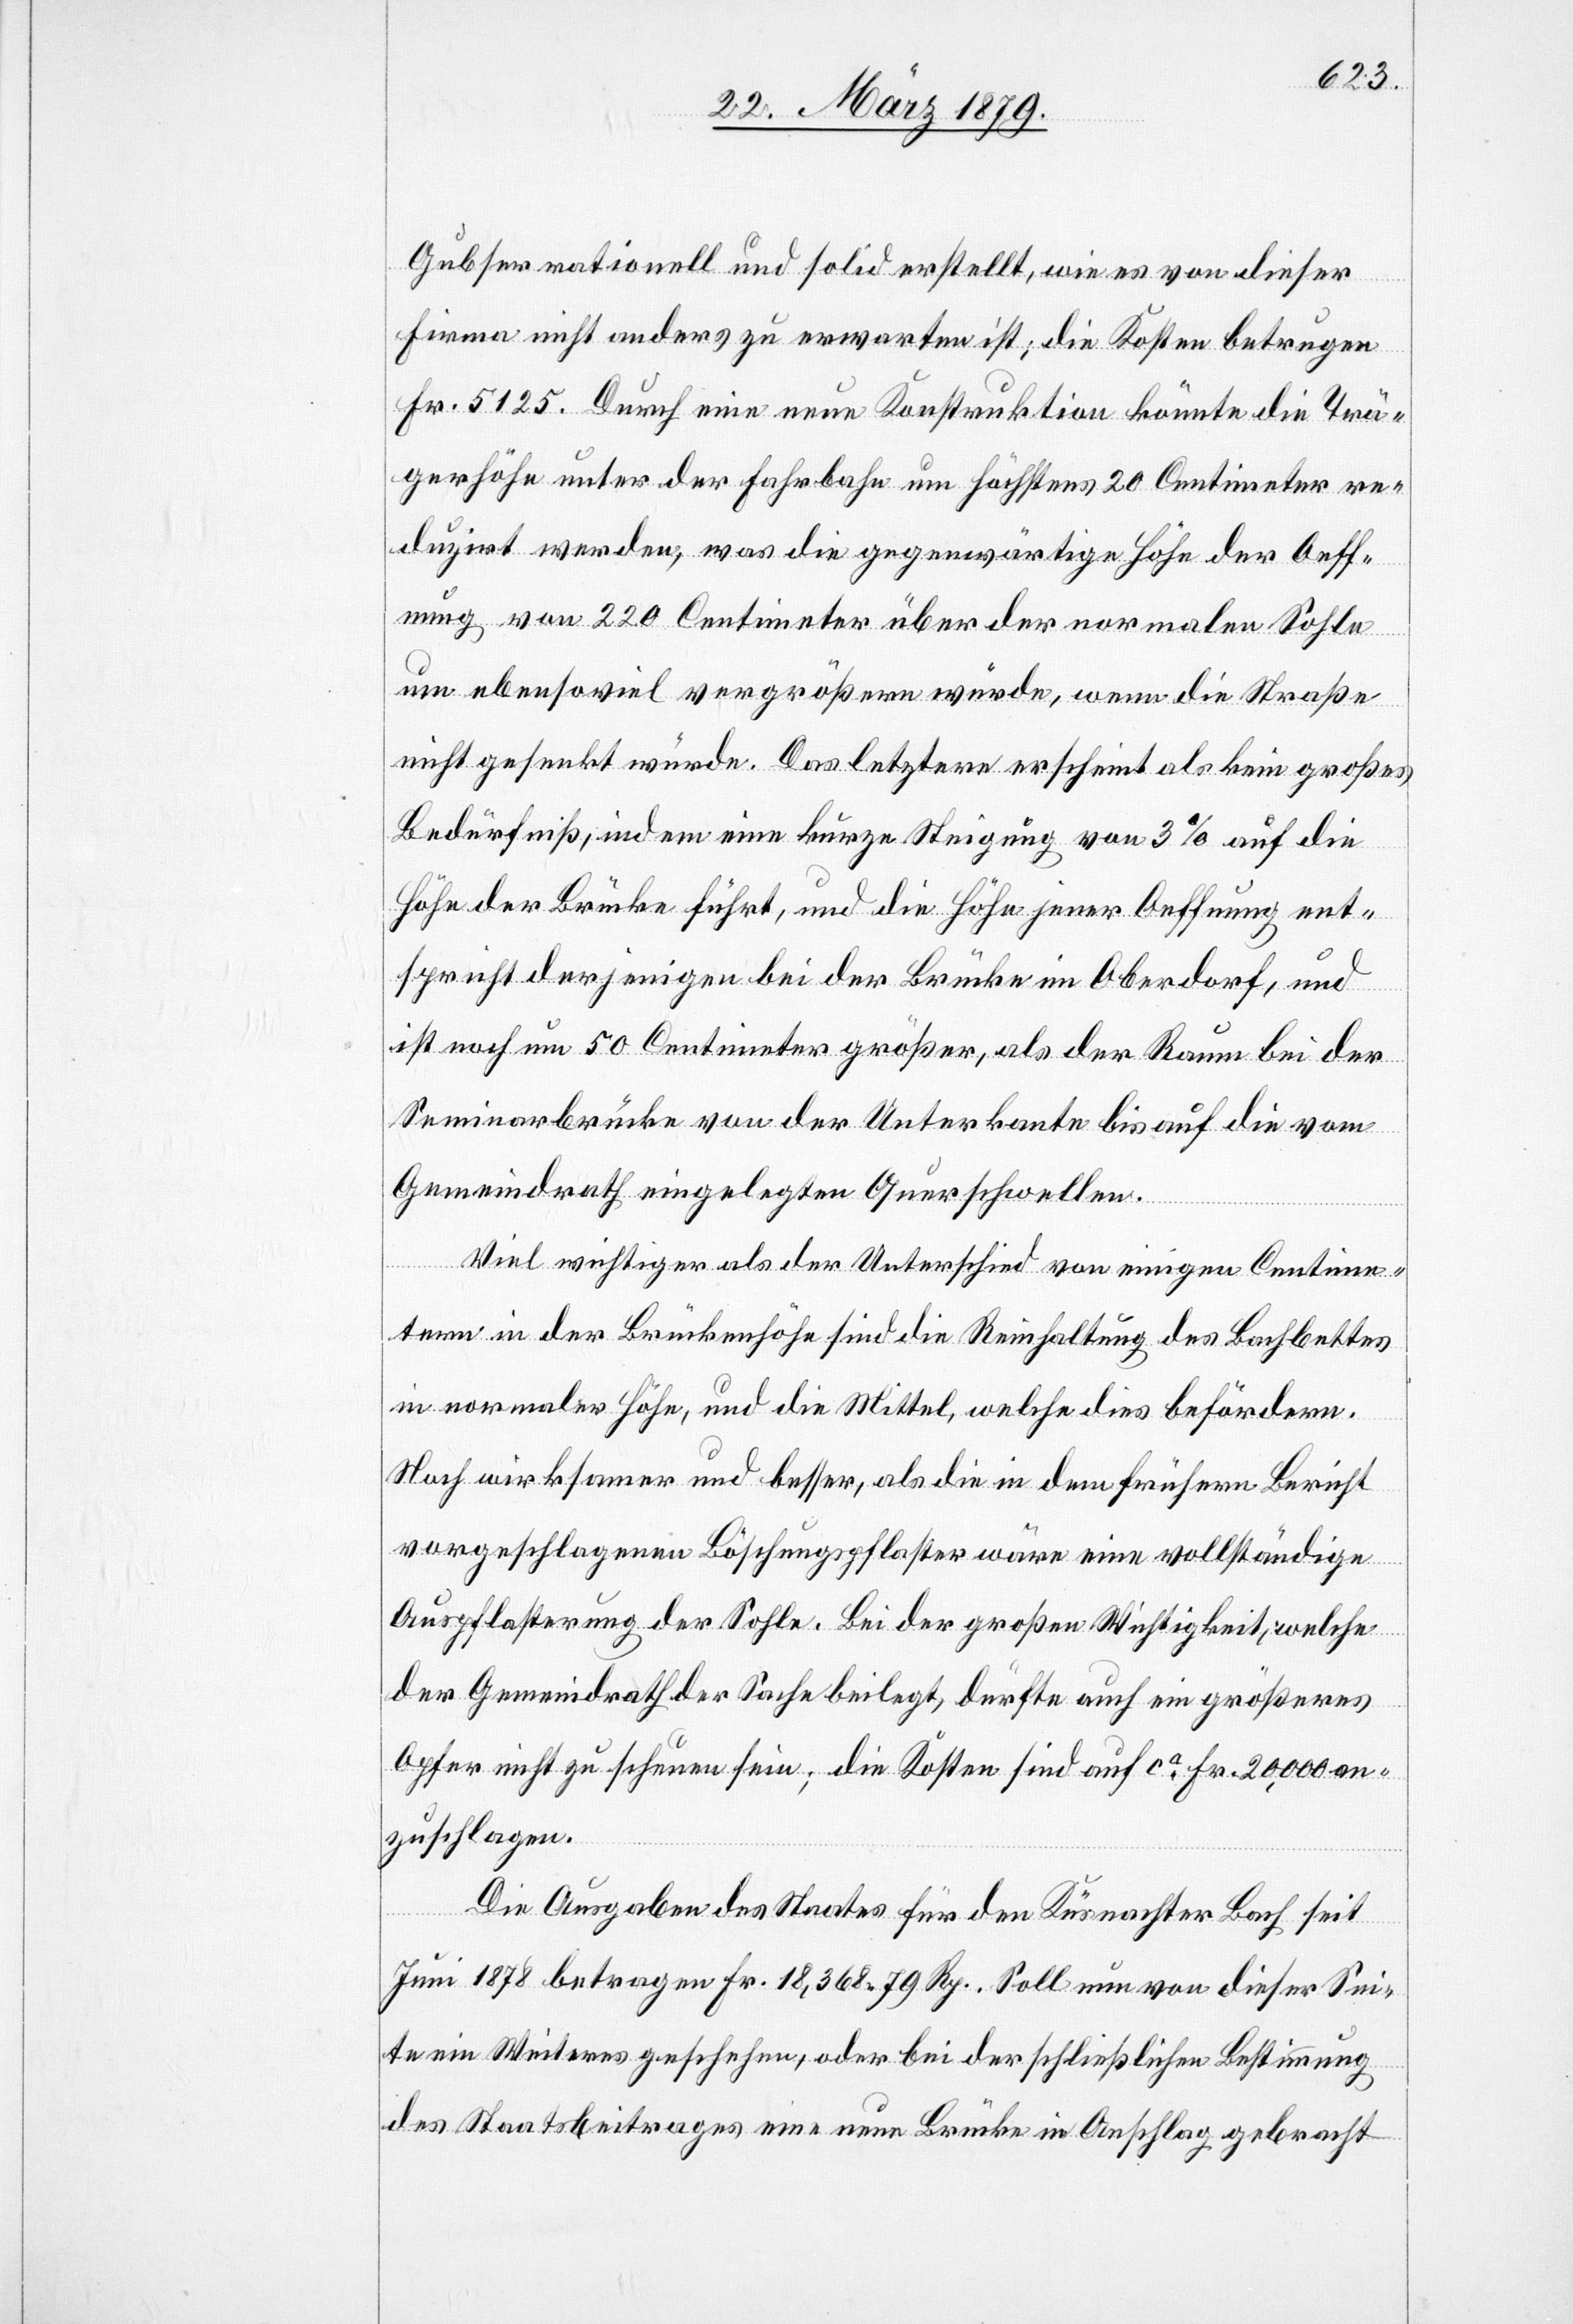
Gubser rationell und solid erstellt, wie es von dieser
Firma nicht anders zu erwarten ist; die Kosten betrugen
Fr. 5125. Durch eine neue Konstruktion könnte die Trä¬
gerhöhe unter der Fahrbahn um höchstens 20 Centimeter re¬
duzirt werden, was die gegenwärtige Höhe der Oeff¬
nung von 220 Centimeter über der normalen Sohle
um ebensoviel vergrößern würde, wenn die Straße
nicht gesenkt würde. Das letztere erscheint als kein großes
Bedürfniß, indem eine kurze Steigung von 3% auf die
Höhe der Brücke führt, und die Höhe jener Oeffnung ent¬
spricht derjenigen bei der Brücke im Oberdorf, und
ist noch um 50 Centimeter größer, als der Raum bei der
Seminarbrücke von der Unterkante bis auf die vom
Gemeindrath eingelegten Querschwellen.
Viel wichtiger als der Unterschied von einigen Centime¬
tern in der Brückenhöhe sind die Reinhaltung des Bachbettes
in normaler Höhe, und die Mittel, welche dies befördern.
Noch wirksamer und besser, als die in dem frühern Bericht
vorgeschlagenen Böschungspflaster wäre eine vollständige
Auspflasterung der Sohle. Bei der großen Wichtigkeit, welche
der Gemeindrath der Sache beilegt, dürfte auch ein größeres
Opfer nicht zu scheuen sein; die Kosten sind auf ca Fr. 20,000 an¬
zuschlagen.
Die Ausgaben des Staates für den Küsnachter Bach seit
Juni 1878 betragen Fr. 18,368.79 Rp. Soll nun von dieser Sei¬
te ein Weiteres geschehen, oder bei der schließlichen Bestimmung
des Staatsbeitrages eine neue Brücke in Anschlag gebracht